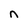
Character: n